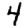
Digit: 4